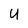
Character: U